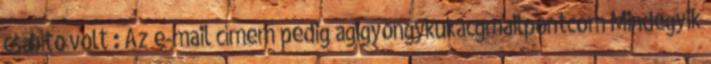
csábító volt : Az e-mail címem pedig agigyongykukacgmailpontcom Mindegyik